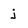
Character: j